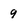
Character: 9